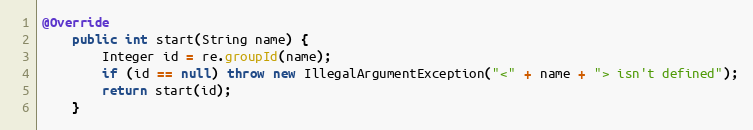
Language: Java
@Override
    public int start(String name) {
        Integer id = re.groupId(name);
        if (id == null) throw new IllegalArgumentException("<" + name + "> isn't defined");
        return start(id);
    }